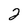
Character: 2